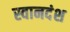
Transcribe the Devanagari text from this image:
स्वानदंश